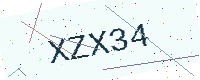
Text: XZX34